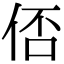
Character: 俖